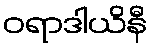
ဝရာဒါယိနီ